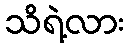
သိရဲ့လား